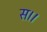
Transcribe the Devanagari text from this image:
स।।